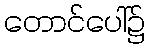
တောင်ပေါ်၌